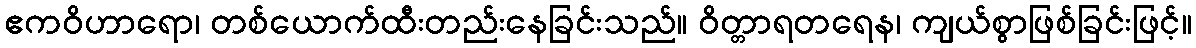
ဧကဝိဟာရော၊ တစ်ယောက်ထီးတည်းနေခြင်းသည်။ ဝိတ္တာရတရေန၊ ကျယ်စွာဖြစ်ခြင်းဖြင့်။